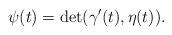
LaTeX: \begin{align*}\psi(t)=\det(\gamma'(t),\eta(t)).\end{align*}